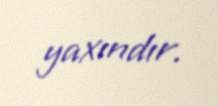
yaxındır.